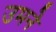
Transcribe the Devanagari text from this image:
उमने